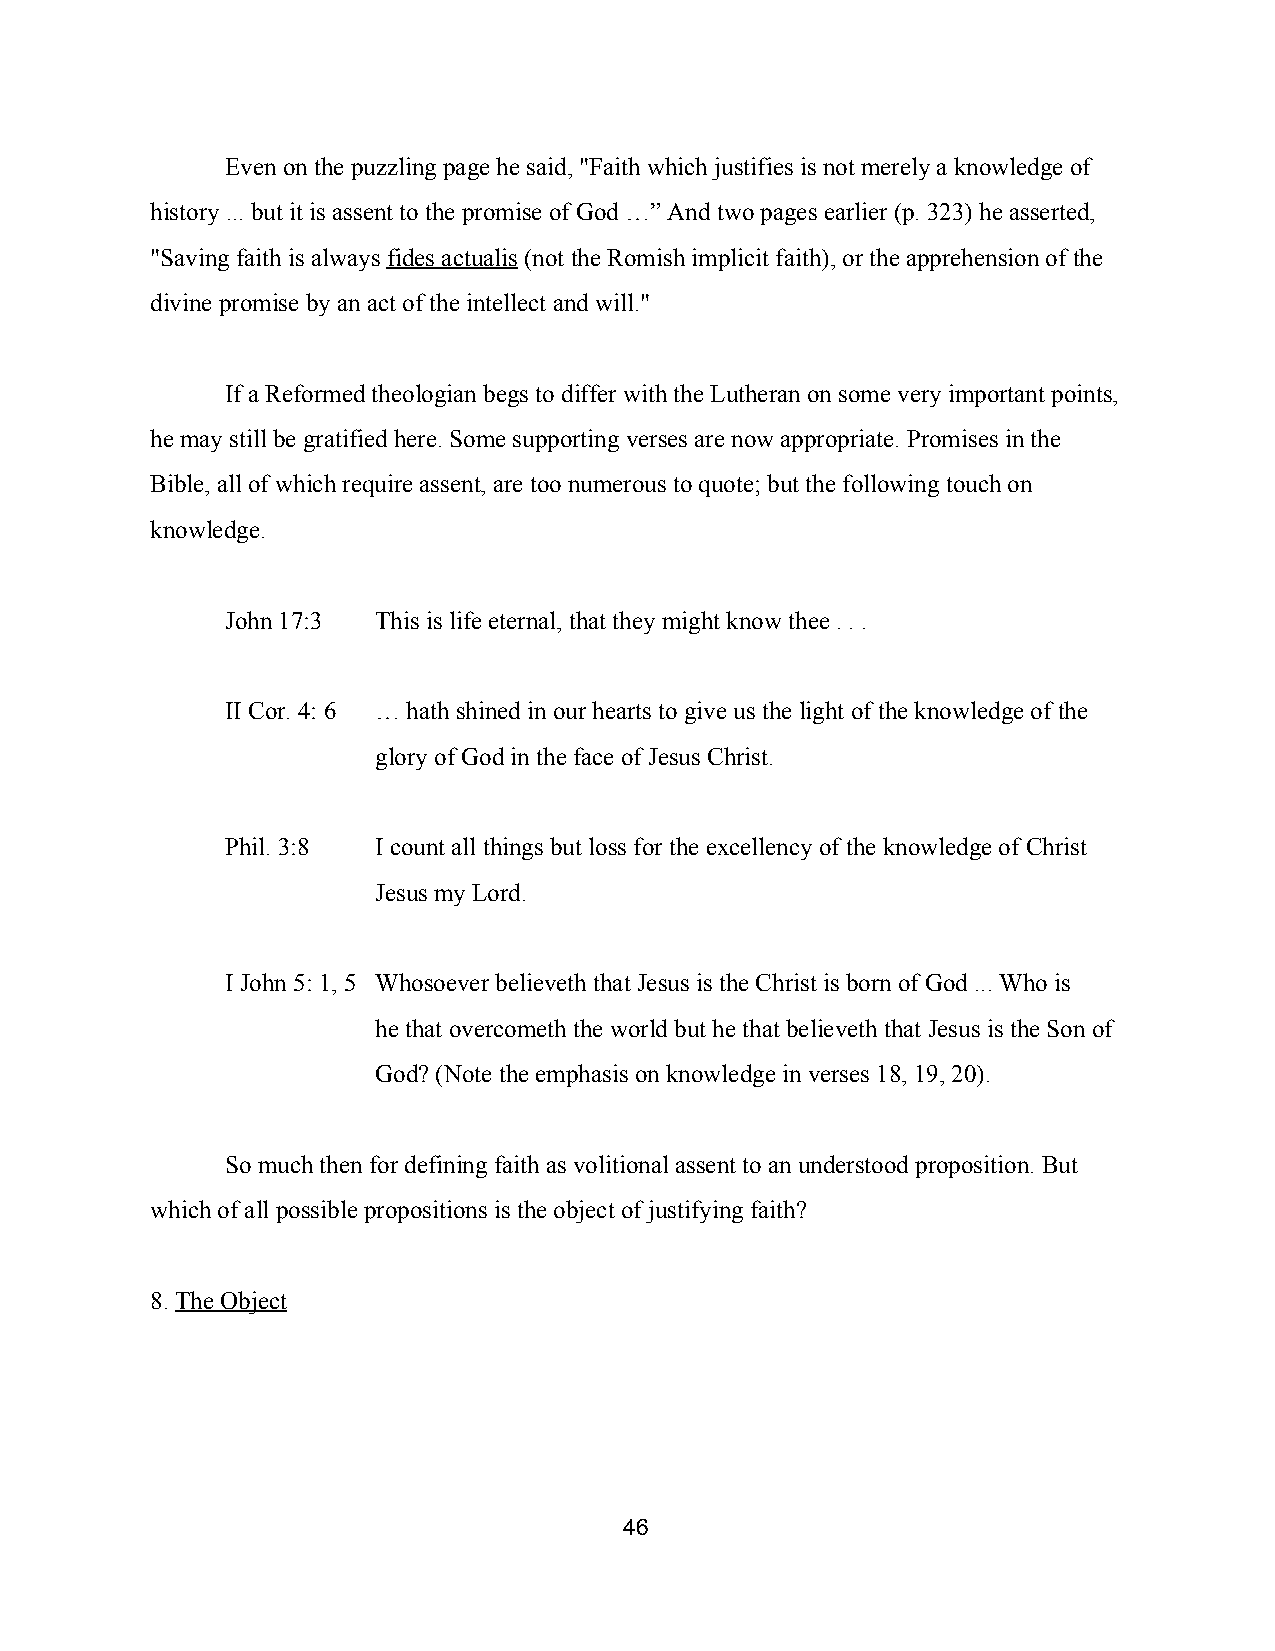
Even on the puzzling page he said, "Faith which justifies is not merely a knowledge of
 history ... but it is assent to the promise of God …” And two pages earlier (p. 323) he asserted,
 "Saving faith is always fides actualis (not the Romish implicit faith), or the apprehension of the
 ​       ​
 divine promise by an act of the intellect and will."
 If a Reformed theologian begs to differ with the Lutheran on some very important points,
 he may still be gratified here. Some supporting verses are now appropriate. Promises in the
 Bible, all of which require assent, are too numerous to quote; but the following touch on
 knowledge.
 John 17:3 This is life eternal, that they might know thee . . .
 II Cor. 4: 6 … hath shined in our hearts to give us the light of the knowledge of the
 glory of God in the face of Jesus Christ.
 Phil. 3:8 I count all things but loss for the excellency of the knowledge of Christ
 Jesus my Lord.
 I John 5: 1, 5 Whosoever believeth that Jesus is the Christ is born of God ... Who is
 he that overcometh the world but he that believeth that Jesus is the Son of
 God? (Note the emphasis on knowledge in verses 18, 19, 20).
 So much then for defining faith as volitional assent to an understood proposition. But
 which of all possible propositions is the object of justifying faith?
 8. The Object
 ​
 46